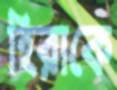
হিরাকে